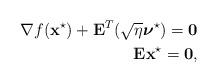
LaTeX: \begin{align*}\nabla f(\mathbf{x}^{\star}) + \mathbf{E}_{}^T(\sqrt{\eta}\boldsymbol{\nu}^{\star}) = \mathbf{0} \\\mathbf{E}_{}\mathbf{x}^{\star} = \mathbf{0},\end{align*}